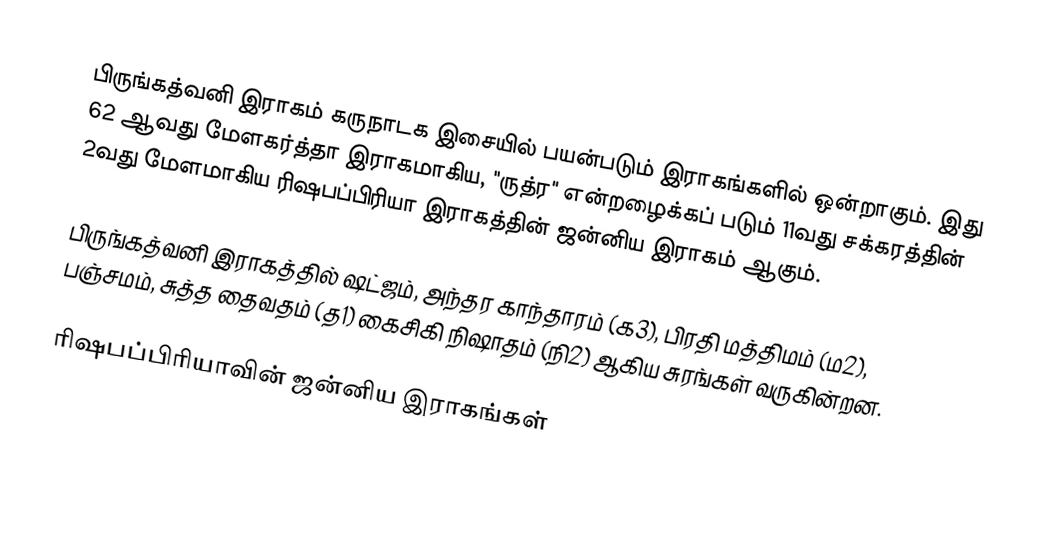
பிருங்கத்வனி இராகம் கருநாடக இசையில் பயன்படும் இராகங்களில் ஒன்றாகும். இது 62 ஆவது மேளகர்த்தா இராகமாகிய, "ருத்ர" என்றழைக்கப் படும் 11வது சக்கரத்தின் 2வது மேளமாகிய ரிஷபப்பிரியா இராகத்தின் ஜன்னிய இராகம் ஆகும்.

பிருங்கத்வனி இராகத்தில் ஷட்ஜம், அந்தர காந்தாரம் (க3), பிரதி மத்திமம் (ம2), பஞ்சமம்,  சுத்த தைவதம் (த1) கைசிகி நிஷாதம்  (நி2) ஆகிய சுரங்கள் வருகின்றன.

ரிஷபப்பிரியாவின் ஜன்னிய இராகங்கள்